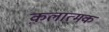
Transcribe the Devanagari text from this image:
क़लात्मक